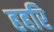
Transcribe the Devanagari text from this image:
हहरि